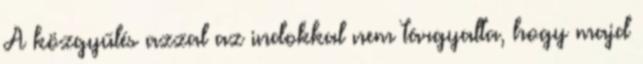
A közgyűlés azzal az indokkal nem tárgyalta, hogy majd